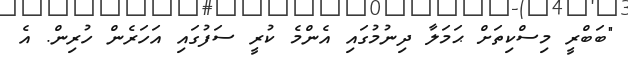
"ބަބްރީ މިސްކިތަށް ޙަމަލާ ދިނުމުގައި އެންމެ ކުރީ ސަފުގައި އަހަރެން ހުރިން. އެ